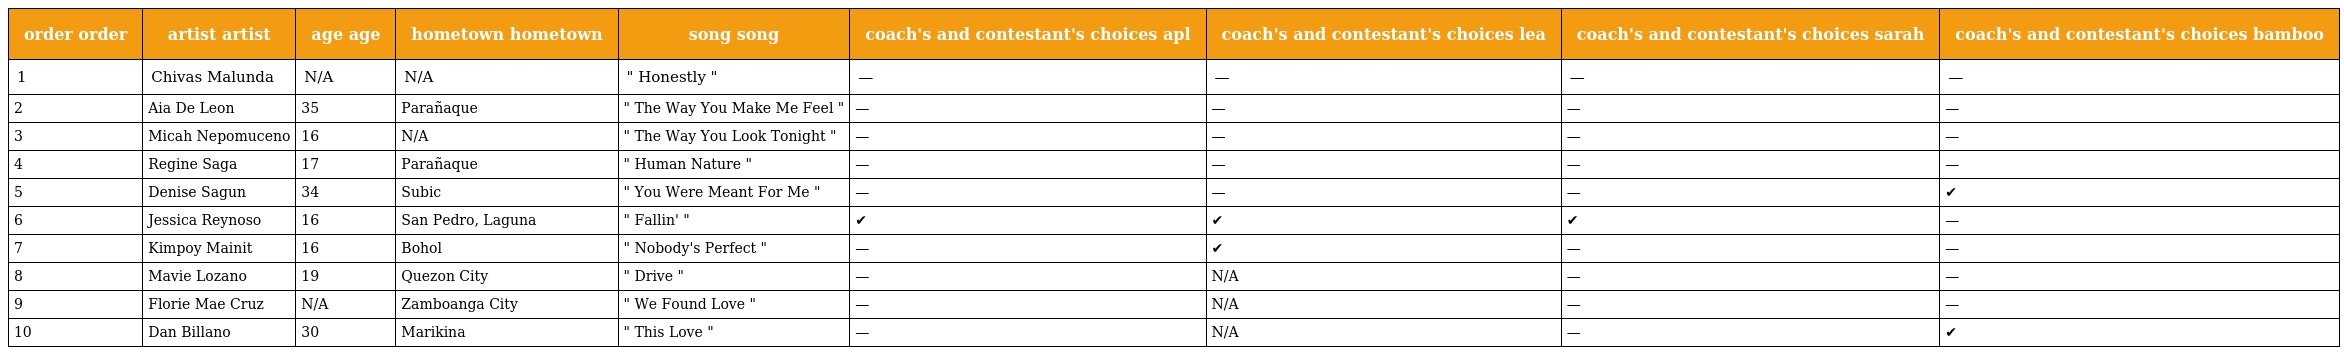
| order order | artist artist | age age | hometown hometown | song song | coach's and contestant's choices apl | coach's and contestant's choices lea | coach's and contestant's choices sarah | coach's and contestant's choices bamboo |
 | --- | --- | --- | --- | --- | --- | --- | --- | --- |
 | 1 | Chivas Malunda | N/A | N/A | " Honestly " | — | — | — | — |
 | 2 | Aia De Leon | 35 | Parañaque | " The Way You Make Me Feel " | — | — | — | — |
 | 3 | Micah Nepomuceno | 16 | N/A | " The Way You Look Tonight " | — | — | — | — |
 | 4 | Regine Saga | 17 | Parañaque | " Human Nature " | — | — | — | — |
 | 5 | Denise Sagun | 34 | Subic | " You Were Meant For Me " | — | — | — | ✔ |
 | 6 | Jessica Reynoso | 16 | San Pedro, Laguna | " Fallin' " | ✔ | ✔ | ✔ | — |
 | 7 | Kimpoy Mainit | 16 | Bohol | " Nobody's Perfect " | — | ✔ | — | — |
 | 8 | Mavie Lozano | 19 | Quezon City | " Drive " | — | N/A | — | — |
 | 9 | Florie Mae Cruz | N/A | Zamboanga City | " We Found Love " | — | N/A | — | — |
 | 10 | Dan Billano | 30 | Marikina | " This Love " | — | N/A | — | ✔ |